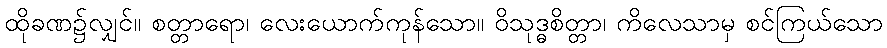
ထိုခဏ၌လျှင်။ စတ္တာရော၊ လေးယောက်ကုန်သော။ ဝိသုဒ္ဓစိတ္တာ၊ ကိလေသာမှ စင်ကြယ်သော